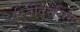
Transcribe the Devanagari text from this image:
रितींदरसिंग